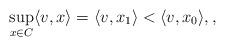
LaTeX: \begin{align*}\sup_{x\in C} \langle v, x\rangle=\langle v, x_1\rangle<\langle v, x_0\rangle,,\end{align*}